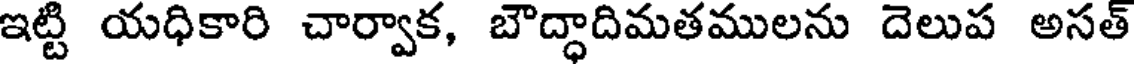
ఇట్టి యధికారి చార్వాక, బౌద్ధాదిమతములను దెలుప అసత్